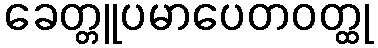
ခေတ္တူပမာပေတဝတ္ထု